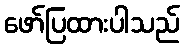
ဖော်ပြထားပါသည်